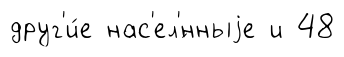
друг'и́е нас'ел'́нныjе и 48